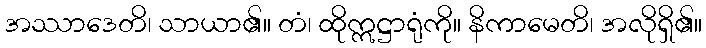
အဿာဒေတိ၊ သာယာ၏။ တံ၊ ထိုဣဋ္ဌာရုံကို။ နိကာမေတိ၊ အလိုရှိ၏။